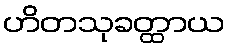
ဟိတသုခတ္ထာယ